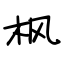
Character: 枫